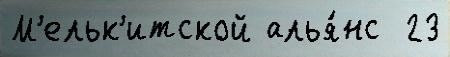
М'ельк'итской алья́нс  23